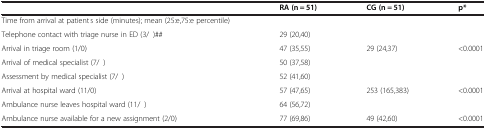
|  | RA (n = 51) | CG (n = 51) | p* |
 | --- | --- | --- | --- |
 | Time from arrival at patient’s side (minutes); mean (25:e,75:e percentile) |  |  |  |
 | Telephone contact with triage nurse in ED (3/--)## | 29 (20,40) |  |  |
 | Arrival in triage room (1/0) | 47 (35,55) | 29 (24,37) | <0.0001 |
 | Arrival of medical specialist (7/--) | 50 (37,58) |  |  |
 | Assessment by medical specialist (7/--) | 52 (41,60) |  |  |
 | Arrival at hospital ward (11/0) | 57 (47,65) | 253 (165,383) | <0.0001 |
 | Ambulance nurse leaves hospital ward (11/--) | 64 (56,72) |  |  |
 | Ambulance nurse available for a new assignment (2/0) | 77 (69,86) | 49 (42,60) | <0.0001 |